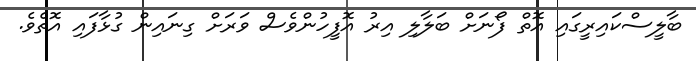
ބާލީސްކައިރީގައި އޮތް ފޯނަށް ބަލާލި އިރު އޮފީހުންވެސް ވަރަށް ގިނައިން ގުޅާފައި އޮތެވެ.